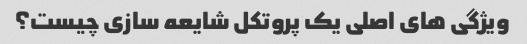
ویژگی های اصلی یک پروتکل شایعه سازی چیست؟